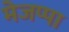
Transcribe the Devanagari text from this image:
मेजप्पा